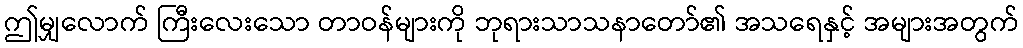
ဤမျှလောက် ကြီးလေးသော တာဝန်များကို ဘုရားသာသနာတော်၏ အသရေနှင့် အများအတွက်